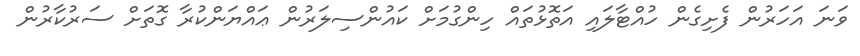
ވަނަ އަހަރުން ފެށިގެން ހުއްޓާލައި އަތޮޅުތައް ހިންގުމަށް ކައުންސިލަރުން ޢައްޔަންކުރާ ގޮތަށް ސަރުކާރުން